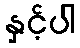
နှင့်ပါ